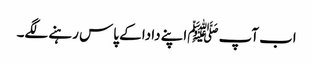
اب آپ ﷺاپنے دادا کے پاس رہنے لگے۔